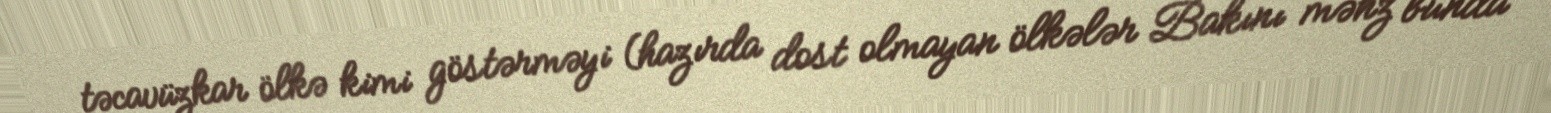
təcavüzkar ölkə kimi göstərməyi (hazırda dost olmayan ölkələr Bakını məhz bunda